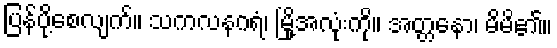
ပြန်ပို့စေလျက်။ သကလနဂရံ၊ မြို့အလုံးကို။ အတ္တနော၊ မိမိ၏။